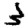
Digit: 3